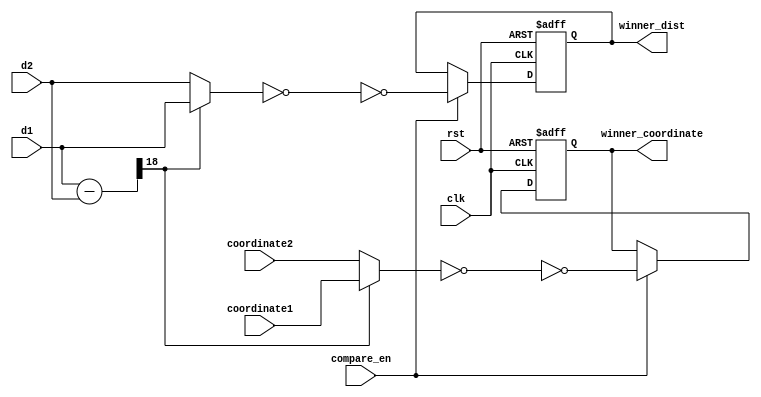
module comparator(clk,
                    rst,
                    compare_en,
                    d1,
                    d2,
                    coordinate1,
                    coordinate2,
                    winner_dist,
                    winner_coordinate
                   );

  //----------------input-----------------//
  input clk,rst;
  input compare_en;
  input [17:0]d1,d2;
  input [3:0]coordinate1,coordinate2;
  //----------------output----------------//
  output reg [17:0]winner_dist;
  output reg [3:0]winner_coordinate;
  //--------------reg and wire------------//
  wire [18:0]error;
  reg [3:0]buffer,buffer1;
  reg [17:0]dist_buffer,dist_buffer1;
  reg [17:0]win_dist;
  reg [3:0]win_coordinate;

  assign error=d1-d2;



  always@(posedge clk or posedge rst)
  begin
    if(rst)
    begin
      winner_dist<=18'd0;
      winner_coordinate<=4'd0;
    end
    else if(compare_en)
    begin
      winner_dist<=dist_buffer1;
      winner_coordinate<=buffer1;
    end
    else
    begin
    end
  end

  always@(*)
  begin
    if(error[18])
    begin
      win_dist=d1;
      win_coordinate=coordinate1;
    end
    else
    begin
      win_dist=d2;
      win_coordinate=coordinate2;
    end
  end

  //buffer
  always@(win_coordinate)
  begin
    buffer=~(win_coordinate);
    buffer1=~(buffer);
  end

  always@(win_dist)
  begin
    dist_buffer=~win_dist;
    dist_buffer1=~dist_buffer;
  end

endmodule